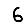
Digit: 6